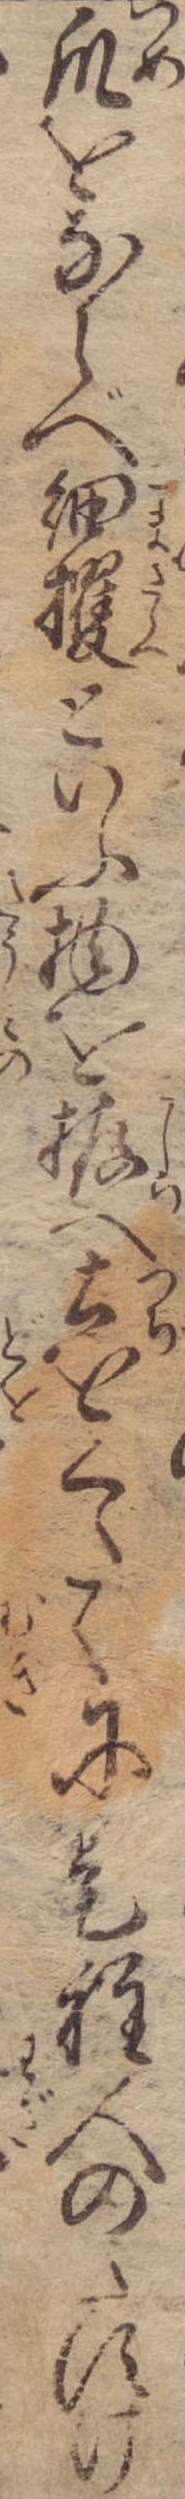
爪をならべ細攫といふ物を拵へ土をくだくに是程人のたすけ